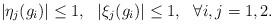
LaTeX: \begin{align*} |\eta_j(g_i)| \leq 1, ~~|\xi_j(g_i)| \leq 1, ~~ \forall i,j = 1,2.\end{align*}